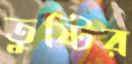
তুষ্টির